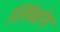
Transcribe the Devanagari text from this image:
लिंबांग